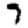
Digit: 7